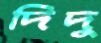
দিদু